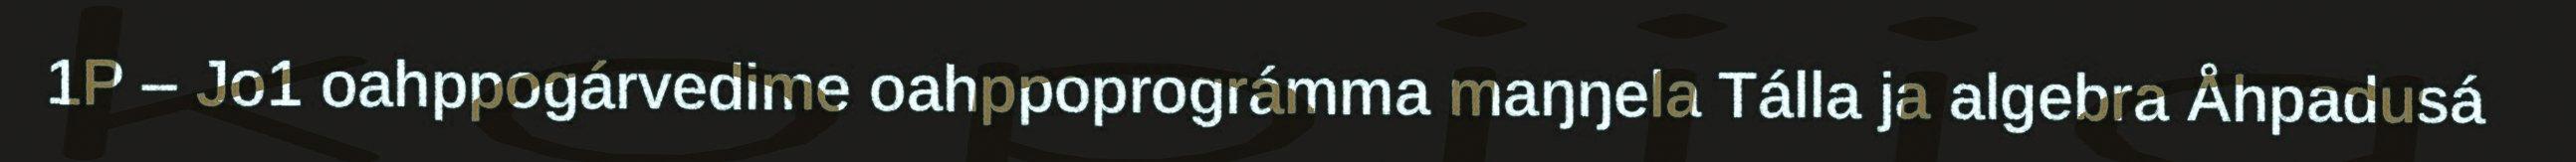
1P – Jo1 oahppogárvedime oahppoprográmma maŋŋela Tálla ja algebra Åhpadusá